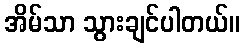
အိမ်သာ သွားချင်ပါတယ်။